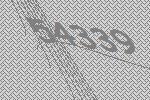
54339